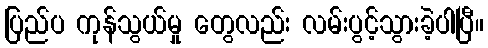
ပြည်ပ ကုန်သွယ်မှု တွေလည်း လမ်းပွင့်သွားခဲ့ပါပြီ။